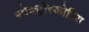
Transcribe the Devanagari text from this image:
स्पेक्ट्रोस्कोपिय